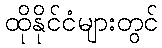
ထိုနိုင်ငံများတွင်